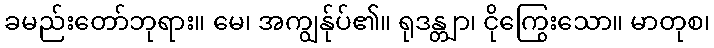
ခမည်းတော်ဘုရား။ မေ၊ အကျွန်ုပ်၏။ ရုဒန္တျာ၊ ငိုကြွေးသော။ မာတုစ၊